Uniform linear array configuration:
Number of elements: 32
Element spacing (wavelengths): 1
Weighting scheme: uniform
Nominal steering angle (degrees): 45
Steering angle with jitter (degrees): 46.034
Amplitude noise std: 0.05
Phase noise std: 0.05

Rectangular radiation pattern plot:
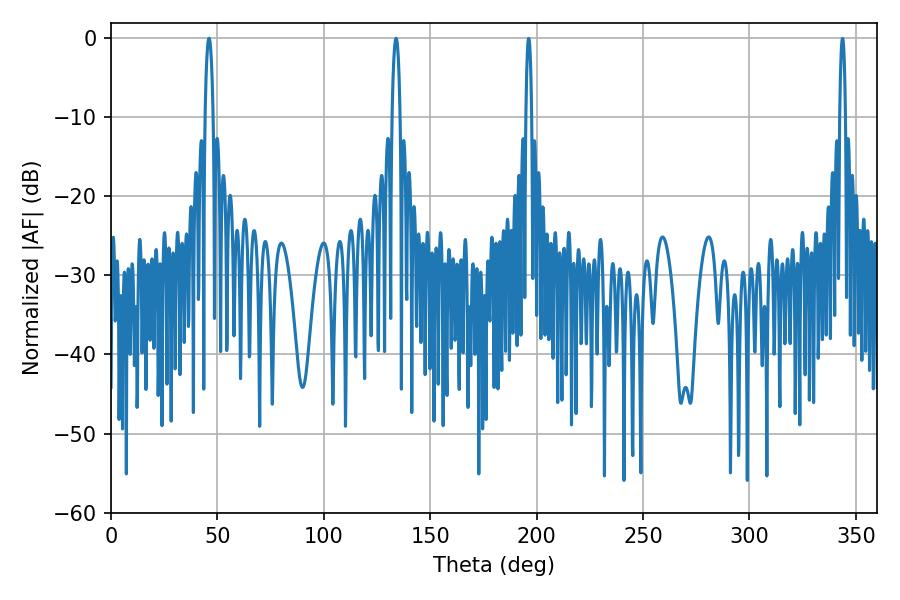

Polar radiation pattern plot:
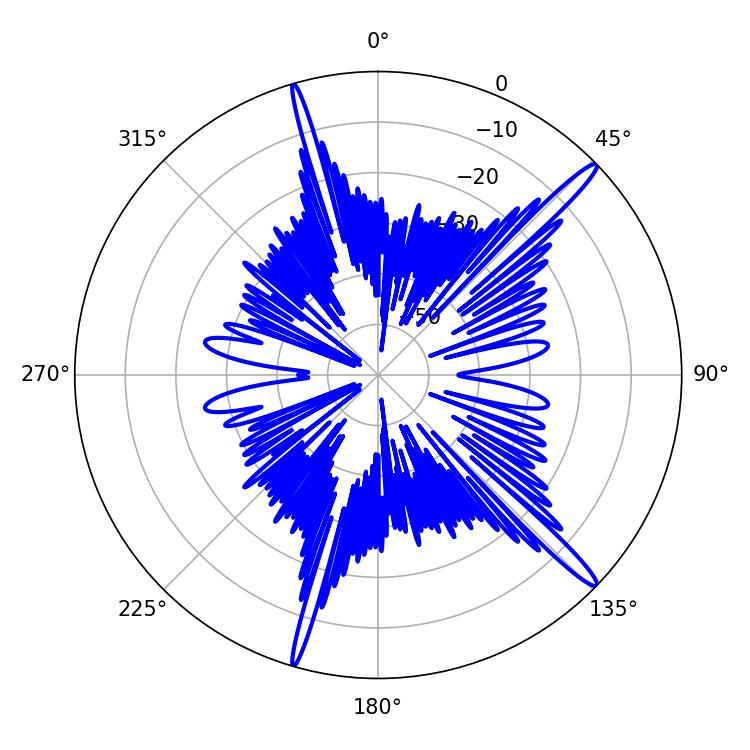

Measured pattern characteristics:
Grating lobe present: TRUE
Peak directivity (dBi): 16.383
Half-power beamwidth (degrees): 2.16
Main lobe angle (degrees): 133.92